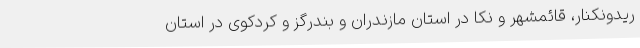
ریدونکنار، قائمشهر و نکا در استان مازندران و بندرگز و کردکوی در استان